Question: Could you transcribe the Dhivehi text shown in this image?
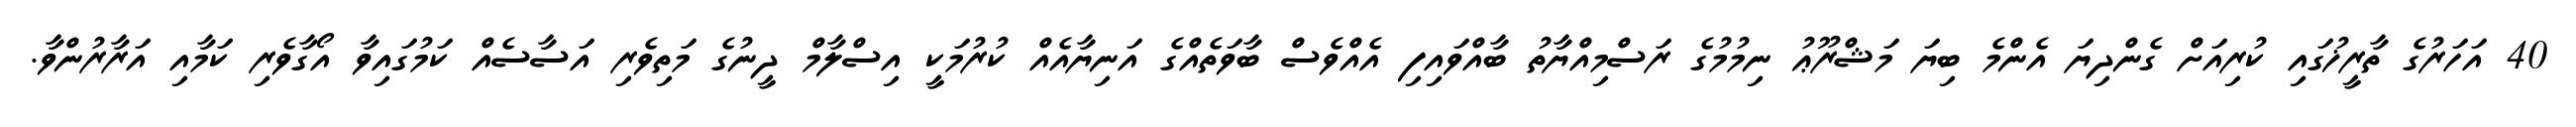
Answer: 40 އަހަރުގެ ތާރީޚުގައި ކުރިއަށް ގެންދިޔަ އެންމެ ބިޔަ މަޝްރޫޢު ނިމުމުގެ ރަސްމިއްޔާތު ބާއްވައިފި އެއްވެސް ބާވަތެއްގެ އަނިޔާއެއް ކުރުމަކީ އިސްލާމް ދީނުގެ މަތިވެރި އަސާސެއް ކަމުގައިވާ އޯގާވެރި ކަމާއި އަރާރުންވާ.